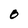
Character: O